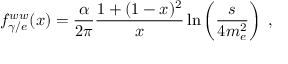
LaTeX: f _ { \gamma / e } ^ { w w } ( x ) = \frac { \alpha } { 2 \pi } \frac { 1 + ( 1 - x ) ^ { 2 } } { x } \ln \left( \frac { s } { 4 m _ { e } ^ { 2 } } \right) \; ,